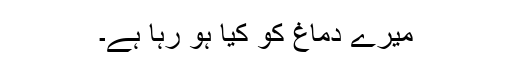
میرے دماغ کو کیا ہو رہا ہے۔